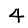
Digit: 4